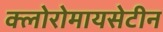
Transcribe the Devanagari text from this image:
क्लोरोमायसेटीन